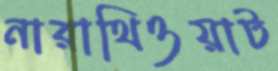
নারাথিওয়াট